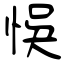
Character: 悞